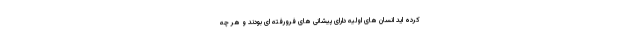
کرده اید انسان های اولیه دارای پیشانی های فرورفته ای بودند و هر چه